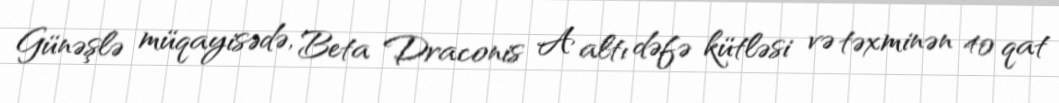
Günəşlə müqayisədə, Beta Draconis A altı dəfə kütləsi və təxminən 40 qat